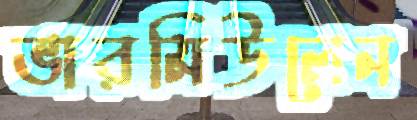
ভারমিউলেন